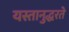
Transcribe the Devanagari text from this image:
यस्तानुद्धरते